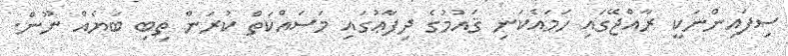
ސިފައިންނަކީ ރާއްޖޭގައި ހަމައެކަނި ޤައުމުގެ ދިފާޢުގައި މަސައްކަތް ކުރަން ތިބި ބަޔެއް ނޫން.